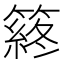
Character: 䈺